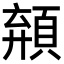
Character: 𩓗